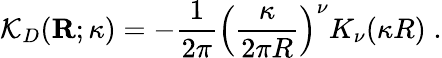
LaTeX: {\mathcal K}_{{D}}({\mathbf R};\kappa)=-\frac{1}{2\pi}\left(\frac{\kappa}{2\pi R}\right)^{\nu}K_{\nu}(\kappa R)\; .